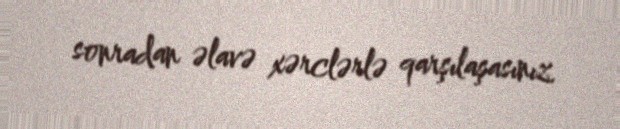
sonradan əlavə xərclərlə qarşılaşasınız.